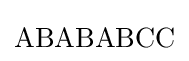
\mathrm {ABABABCC}